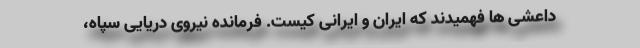
داعشی ها فهمیدند که ایران و ایرانی کیست. فرمانده نیروی دریایی سپاه،